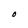
Character: O